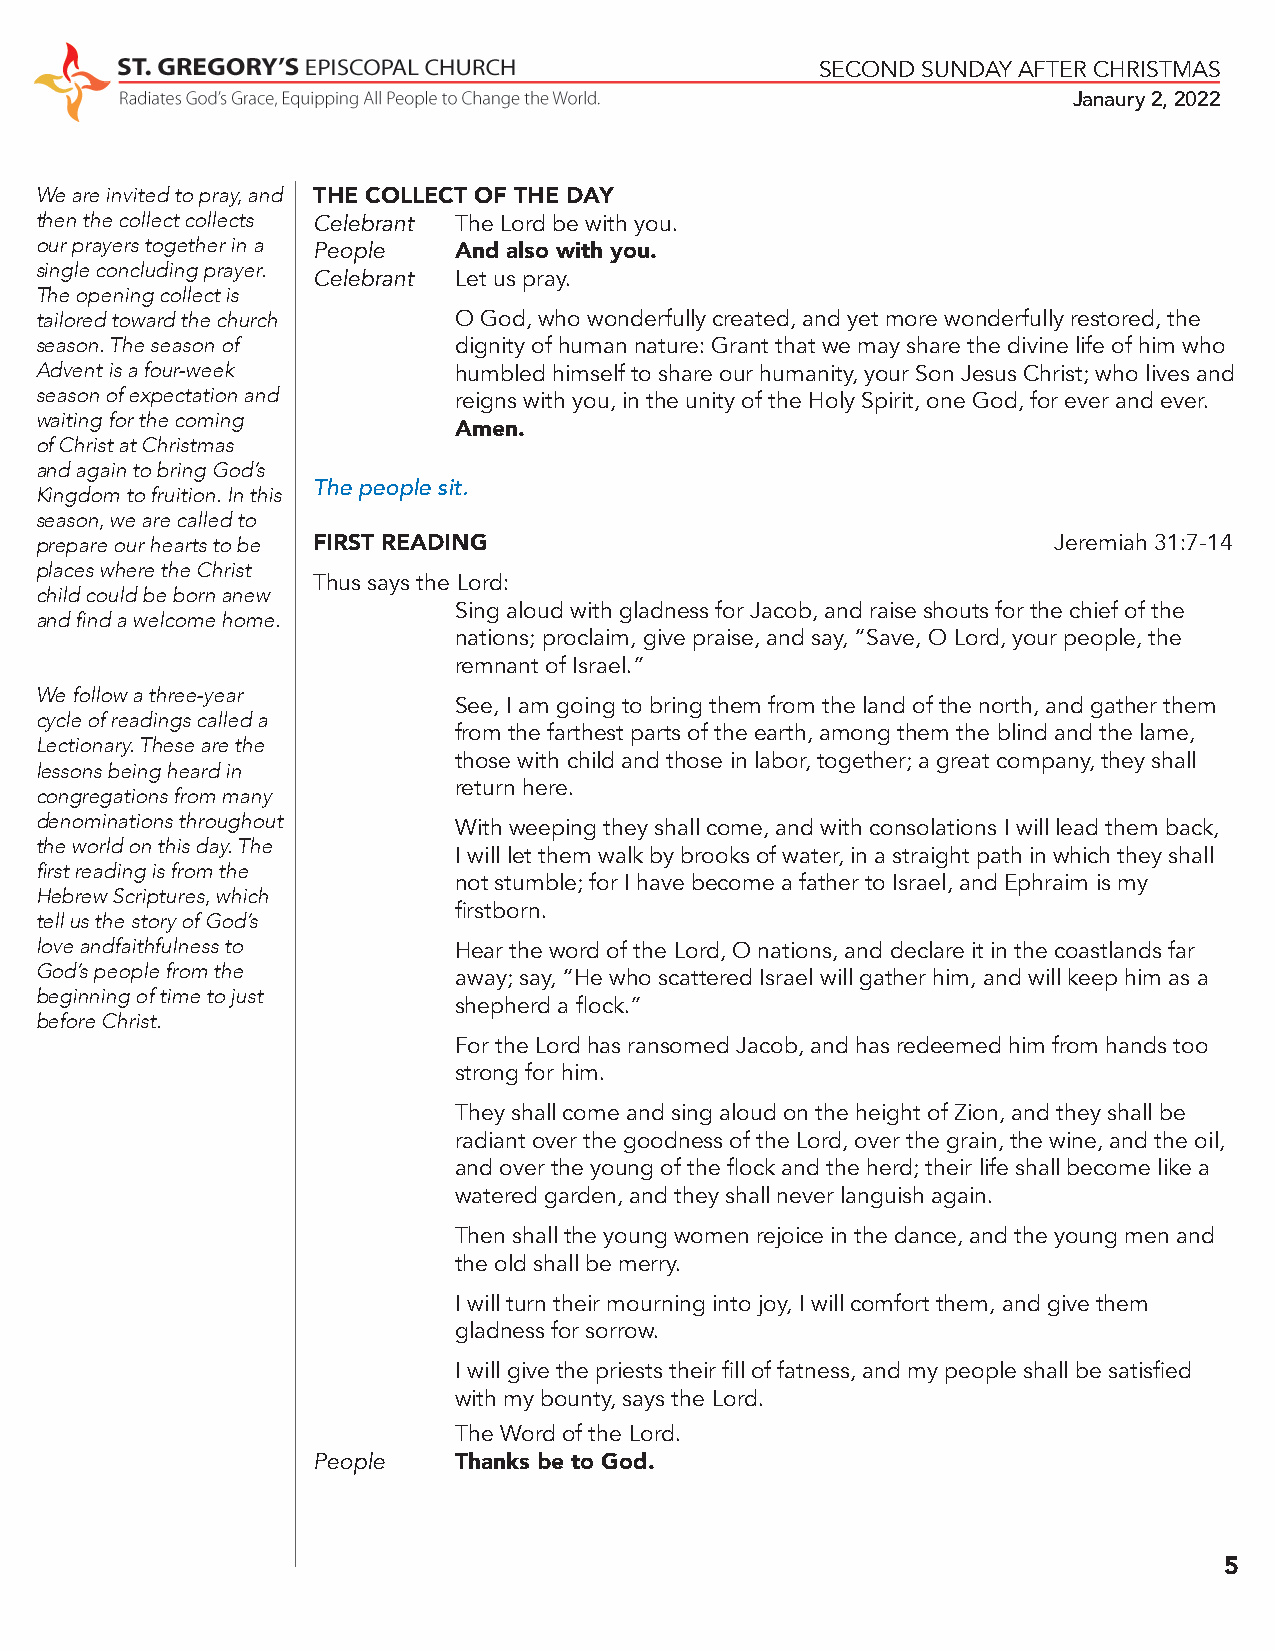
SECOND SUNDAY AFTER CHRISTMAS
 Janaury 2, 2022
 We are invited to pray, and THE COLLECT OF THE DAY
 then the collect collects Celebrant The Lord be with you.
 our prayers together in a People And also with you.
 single concluding prayer.
 Celebrant Let us pray.
 The opening collect is
 tailored toward the church  O God, who wonderfully created, and yet more wonderfully restored, the
 season. The season of       dignity of human nature: Grant that we may share the divine life of him who
 Advent is a four-week       humbled himself to share our humanity, your Son Jesus Christ; who lives and
 season of expectation and   reigns with you, in the unity of the Holy Spirit, one God, for ever and ever.
 waiting for the coming
 Amen.
 of Christ at Christmas
 and again to bring God’s
 The people sit.
 Kingdom to fruition. In this
 season, we are called to
 prepare our hearts to be FIRST READING                              Jeremiah 31:7-14
 places where the Christ
 Thus says the Lord:
 child could be born anew
 Sing aloud with gladness for Jacob, and raise shouts for the chief of the
 and find a welcome home.
 nations; proclaim, give praise, and say, “Save, O Lord, your people, the
 remnant of Israel.”
 We follow a three-year
 See, I am going to bring them from the land of the north, and gather them
 cycle of readings called a
 from the farthest parts of the earth, among them the blind and the lame,
 Lectionary. These are the
 those with child and those in labor, together; a great company, they shall
 lessons being heard in
 return here.
 congregations from many
 denominations throughout
 With weeping they shall come, and with consolations I will lead them back,
 the world on this day. The
 I will let them walk by brooks of water, in a straight path in which they shall
 first reading is from the
 not stumble; for I have become a father to Israel, and Ephraim is my
 Hebrew Scriptures, which
 firstborn.
 tell us the story of God’s
 love andfaithfulness to     Hear the word of the Lord, O nations, and declare it in the coastlands far
 God’s people from the
 away; say, “He who scattered Israel will gather him, and will keep him as a
 beginning of time to just
 shepherd a flock.”
 before Christ.
 For the Lord has ransomed Jacob, and has redeemed him from hands too
 strong for him.
 They shall come and sing aloud on the height of Zion, and they shall be
 radiant over the goodness of the Lord, over the grain, the wine, and the oil,
 and over the young of the flock and the herd; their life shall become like a
 watered garden, and they shall never languish again.
 Then shall the young women rejoice in the dance, and the young men and
 the old shall be merry.
 I will turn their mourning into joy, I will comfort them, and give them
 gladness for sorrow.
 I will give the priests their fill of fatness, and my people shall be satisfied
 with my bounty, says the Lord.
 The Word of the Lord.
 People   Thanks be to God.
 5